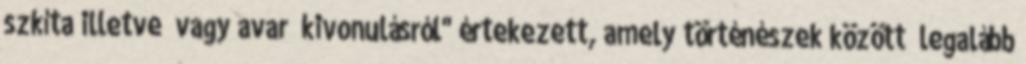
szkíta illetve vagy avar „kivonulásról" értekezett, amely történészek között „legalább